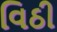
વિઠી